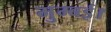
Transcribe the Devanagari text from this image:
मुम्बई।